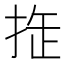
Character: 𢭉